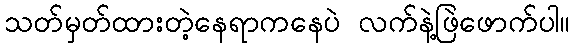
သတ်မှတ်ထားတဲ့နေရာကနေပဲ လက်နဲ့ဖြဲဖောက်ပါ။